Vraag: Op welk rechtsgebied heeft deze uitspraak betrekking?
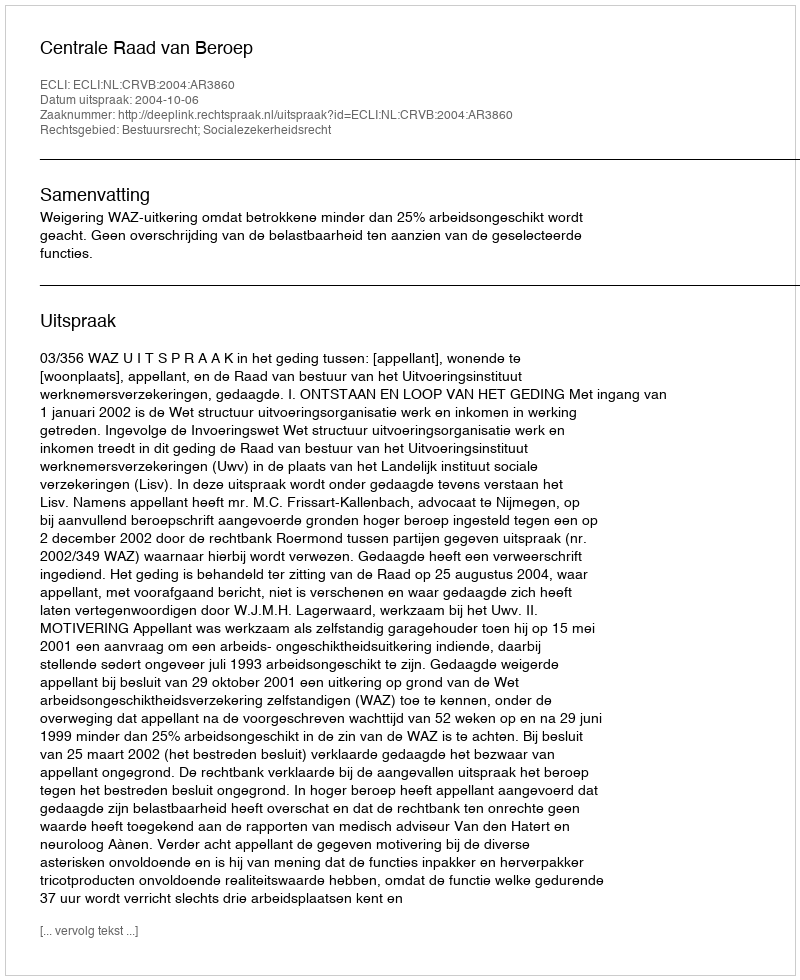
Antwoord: Bestuursrecht; Socialezekerheidsrecht